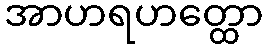
အာဟရဟတ္ထော